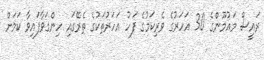
ރައީސް މައުމޫންގެ 30 އަހަރުގެ ވެރިކަމުގެ ފަހު އަހަރުތަކުގެ ތެރޭގައި ހިންގަވާފައިވާ ކަމަށް